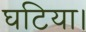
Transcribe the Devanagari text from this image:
घटिया।